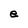
Character: e